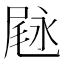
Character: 𱧇